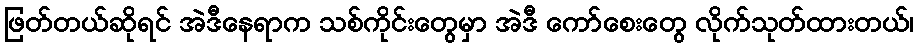
ဖြတ်တယ်ဆိုရင် အဲဒီနေရာက သစ်ကိုင်းတွေမှာ အဲဒီ ကော်စေးတွေ လိုက်သုတ်ထားတယ်၊